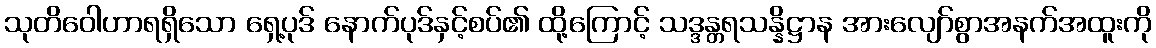
သုတိဝေါဟာရရှိသော ရှေ့ပုဒ် နောက်ပုဒ်နှင့်စပ်၏ ထို့ကြောင့် သဒ္ဒန္တရသန္နိဋ္ဌာန အားလျော်စွာအနက်အထူးကို